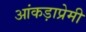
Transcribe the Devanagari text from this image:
आंकड़ाप्रेमी